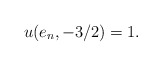
\begin{align*}u(e_n,- 3/2) = 1.\end{align*}